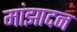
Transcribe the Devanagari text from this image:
मांझादन